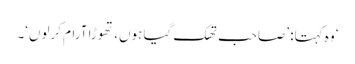
‘ وہ کہتا: ’صاحب تھک گیا ہوں، تھوڑا آرام کرلوں‘۔